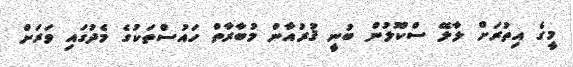
މީގެ އިތުރަށް ލާލޭ ސްކޫލުން ބުނީ ޤުރުއާން މުބާރާތް ހައުސްތަކުގެ މެދުގައި ވަރަށް